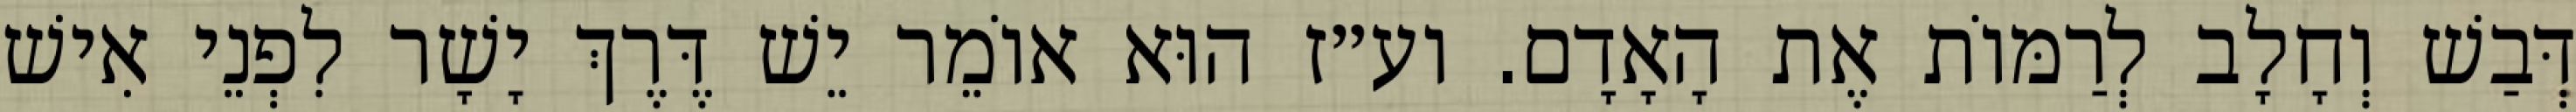
דְּבַשׁ וְחָלָב לְרַמּוֹת אֶת הָאָדָם. וע״ז הוּא אוֹמֵר יֵשׁ דֶּרֶךְ יָשָׁר לִפְנֵי אִישׁ